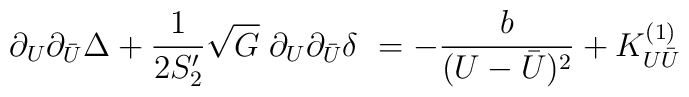
\partial_U\partial_{\bar{U}}\Delta+ \frac{1}{2S'_{2}} \sqrt{G} \;\partial_U\partial_{\bar{U}}\delta\ =-\frac{b}{(U-\bar{U})^2}+K^{(1)}_{U\bar{U}}\